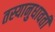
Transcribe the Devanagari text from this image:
तस्यानुधावती